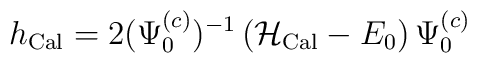
h_{{\rm Cal}} = 2(\Psi_{0}^{(c)})^{-1}\, ({\cal H}_{\rm Cal}-E_0)\, \Psi_{0}^{(c)}